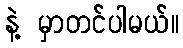
နဲ့ မှာတင်ပါမယ်။